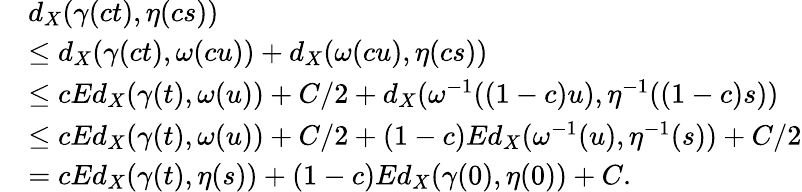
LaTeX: \begin{array}{rl}&{d_{X}(\gamma(ct),\eta(cs))}\\ &{\leq d_{X}(\gamma(ct),\omega(cu))+d_{X}(\omega(cu),\eta(cs))}\\ &{\leq cEd_{X}(\gamma(t),\omega(u))+C/2+d_{X}(\omega^{-1}((1-c)u),\eta^{-1}((1-c)s))}\\ &{\leq cEd_{X}(\gamma(t),\omega(u))+C/2+(1-c)Ed_{X}(\omega^{-1}(u),\eta^{-1}(s))+C/2}\\ &{=cEd_{X}(\gamma(t),\eta(s))+(1-c)Ed_{X}(\gamma(0),\eta(0))+C.}\end{array}